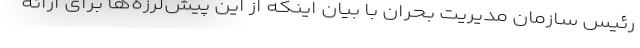
رئیس سازمان مدیریت بحران با بیان اینکه از این پیش‌لرزه‌ها برای ارائه